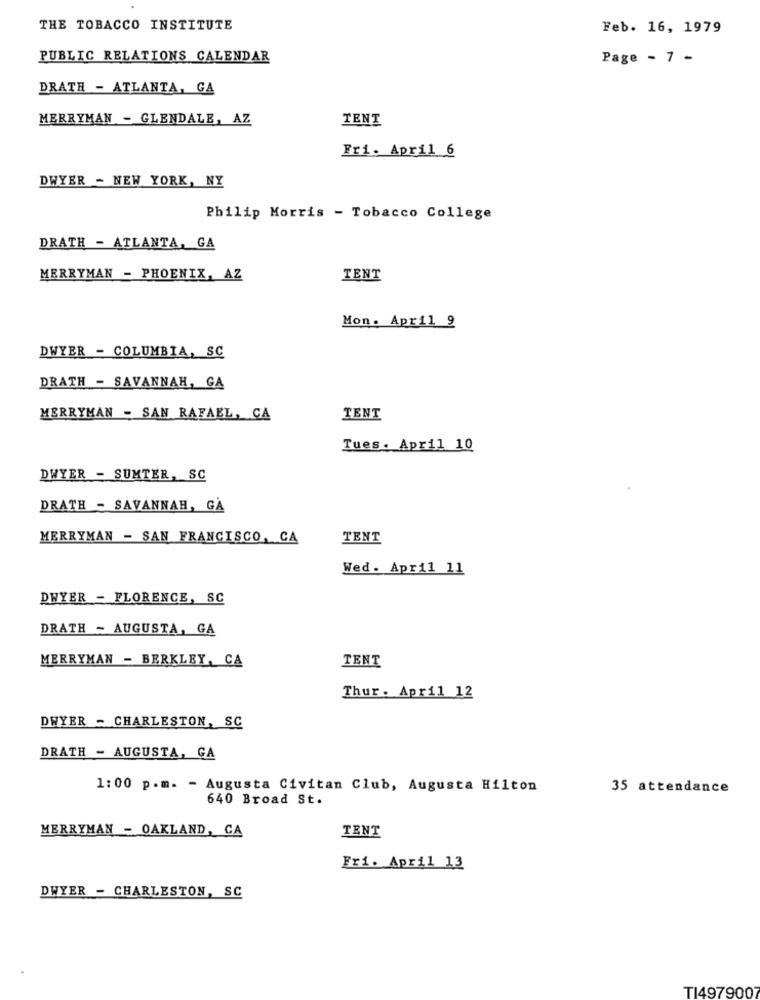
THE TOBACCO INSTITUTE
Feb. 16, 1979
PUBLIC RELATIONS CALENDAR
Page - 7 -
DRATH - ATLANTA, GA
MERRYMAN - GLENDALE, AZ
TENT
Fri. April 6
DWYER - NEW YORK, NY
Philip Morris - Tobacco College
DRATH - ATLANTA, GA
MERRYMAN - PHOENIX, AZ
TENT
Mon. April 9
DWYER - COLUMBIA, SC
DRATH - SAVANNAH, GA
MERRYMAN - SAN RAFAEL, CA
TENT
Tues. April 10
DWYER - SUMTER, SC
DRATH - SAVANNAH, GÅ
MERRYMAN - SAN FRANCISCO, CA
TENT
Wed. April 11
DWYER - FLORENCE, SC
DRATH - AUGUSTA, GA
MERRYMAN - BERKLEY, CA
TENT
Thur. April 12
DWYER - CHARLESTON, SC
DRATH - AUGUSTA, GA
1:00 p.m. - Augusta Civitan Club, Augusta Hilton
35 attendance
640 Broad St.
MERRYMAN - OAKLAND, CA
TENT
Fri. April 13
DWYER - CHARLESTON, SC
TI497900